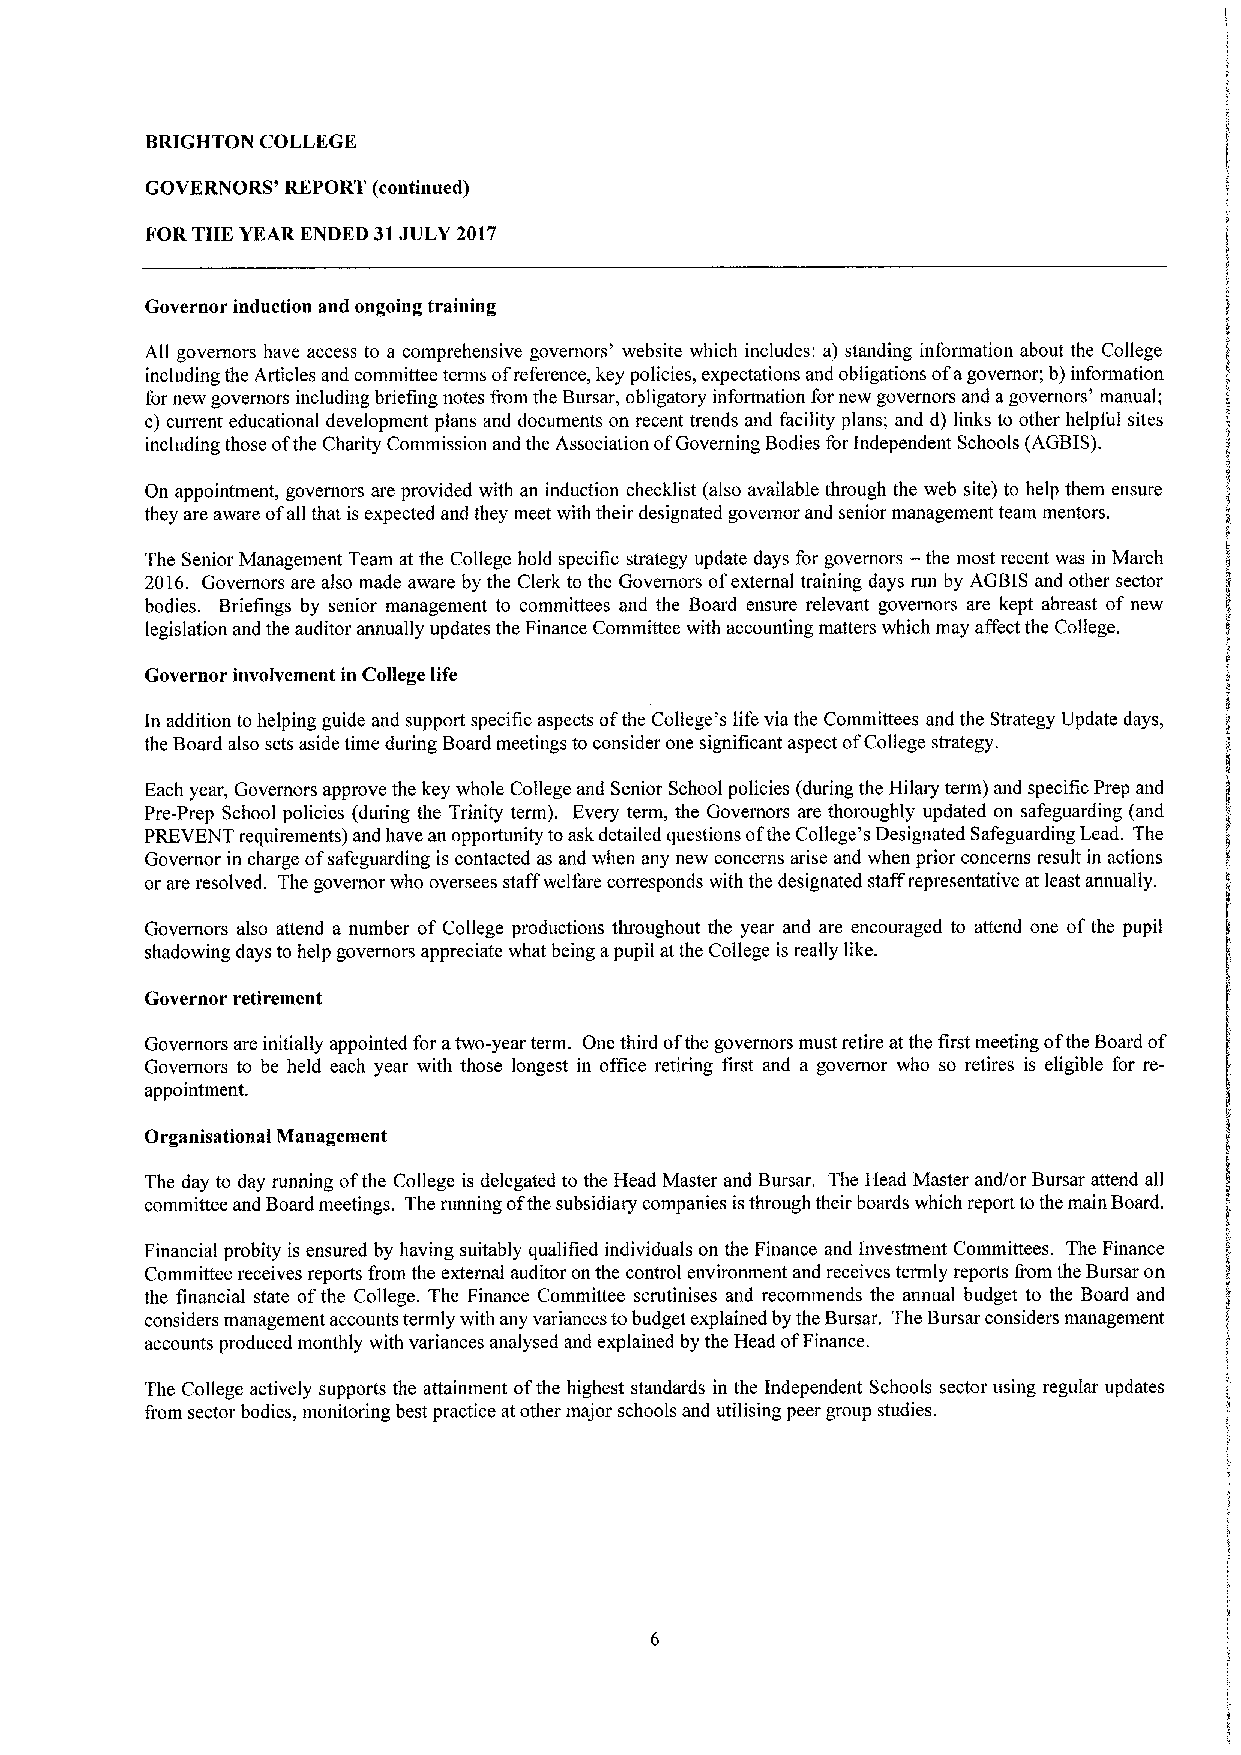
BRIGHTON COLLEGE
 GOVERNORS' REPORT (continued)
 FORTHE YEAR ENDED 31JULY 2017
 Governor induction and ongoing training
 All governors have access to a comprehensive governors' website which includes: a) standing information about the College
 including the Articles and committee terms ofreference, key policies, expectations and obligations ofagovernor; b)information
 for new governors including briefing notes from the Bursar, obligatory information for new governors and agovernors' manual;
 c) current educational development plans and documents on recent trends and facility plans; and d) links to other helpful sites
 including those ofthe Charity Commission and the Association ofGoverning Bodies for Independent Schools (AGBIS).
 On appointment, governors are provided with an induction checklist (also available through the web site) to help them ensure
 they are aware ofall that is expected and they meet with their designated governor and senior management team mentors.
 —
 The Senior Management Team at the College hold specific strategy update days for governors the most recent was in March
 2016. Governors are also made aware by the Clerk to the Governors ofexternal training days run by AGBIS and other sector
 bodies. Briefings by senior management to committees and the Board ensure relevant governors are kept abreast of new
 legislation and the auditor annually updates the Finance Committee with accounting matters which may affect the College.
 Governor involvement in College life
 In addition to helping guide and support specific aspects ofthe College's life via the Committees and the Strategy Update days,
 the Board also sets aside time during Board meetings to consider one significant aspect ofCollege strategy.
 Each year, Governors approve the key whole College and Senior School policies (during the Hilary term) and specific Prep and
 Pre-Prep School policies (during the Trinity term). Every term, the Governors are thoroughly updated on safeguarding (and
 PREVENT requirements) and have an opportunity toask detailed questions ofthe College's Designated Safeguarding Lead. The
 Governor in charge ofsafeguarding is contacted as and when any new concerns arise and when prior concerns result in actions
 or are resolved. The governor who oversees staff welfare corresponds with the designated staffrepresentative at least annually.
 Governors also attend a number of College productions throughout the year and are encouraged to attend one ofthe pupil
 shadowing days to help governors appreciate what being apupil atthe College is really like.
 Governor retireinent
 Governors are initially appointed for atwo-year term. One third ofthe governors must retire at the first meeting ofthe Board of
 Governors to be held each year with those longest in office retiring first and a governor who so retires is eligible for re-
 appointment.
 Organisational Management
 The day to day running ofthe College is delegated to the Head Master and Bursar, The Head Master and/or Bursar attend all
 committee and Board meetings. The running ofthe subsidiary companies isthrough their boards which report tothe main Board.
 Financial probity is ensured by having suitably qualified individuals on the Finance and Investment Committees. The Finance
 Committee receives reports from the external auditor on the control environment and receives termly reports Irom the Bursar on
 the financial state ofthe College. The Finance Committee scrutinises and recommends the annual budget to the Board and
 considers management accounts termly with any variances tobudget explained by the Bursar. The Bursar considers management
 accounts produced monthly with variances analysed and explained by the Head ofFinance.
 The College actively supports the attainment ofthe highest standards in the Independent Schools sector using regular updates
 from sector bodies, monitoring best practice atother major schools and utilising peer group studies.